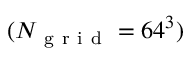
( N _ { \mathrm { ~ g ~ r ~ i ~ d ~ } } = 6 4 ^ { 3 } )